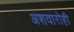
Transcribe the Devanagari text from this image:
अशवारोही